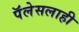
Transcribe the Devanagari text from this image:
पॅलेसलाही